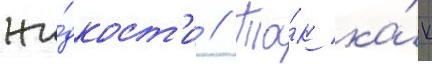
жи́дкост'и // Та́к ка́к